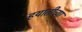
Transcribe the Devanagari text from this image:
हयातीच्या